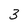
Character: 3